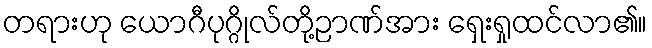
တရားဟု ယောဂီပုဂ္ဂိုလ်တို့ဉာဏ်အား ရှေးရှုထင်လာ၏။